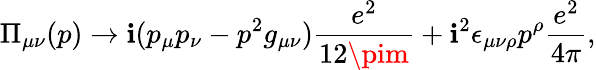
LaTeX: \Pi_{\mu\nu}(p)\rightarrow\mathbf{i}(p_{\mu}p_{\nu}-p^{2}g_{\mu\nu})\frac{{e^{2}}}{{12\pim}}+\mathbf{i}^{2}\epsilon_{\mu\nu\rho}p^{\rho}\frac{{e^{2}}}{{4\pi}},